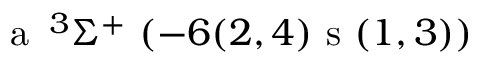
\textrm { a } \, ^ { 3 } \Sigma ^ { + } ~ ( - 6 ( 2 , 4 ) \textrm { s } ( 1 , 3 ) )